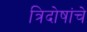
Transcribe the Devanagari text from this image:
त्रिदोषांचे